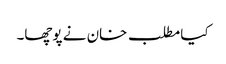
کیا مطلب خان نے پوچھا۔